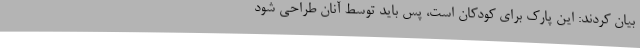
بیان کردند: این پارک برای کودکان است، پس باید توسط آنان طراحی شود